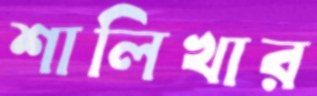
শালিখার